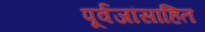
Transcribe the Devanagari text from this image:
पूर्वजांसाहित